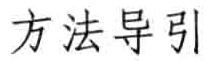
方法导引